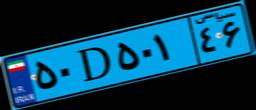
۹۹D۹۵۰۳۳